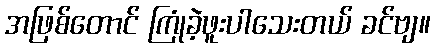
အဖြစ်တောင် ကြုံခဲ့ဖူးပါသေးတယ် ခင်ဗျ။